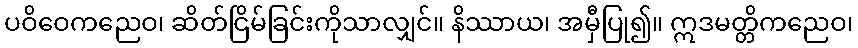
ပဝိဝေကညေဝ၊ ဆိတ်ငြိမ်ခြင်းကိုသာလျှင်။ နိဿာယ၊ အမှီပြု၍။ ဣဒမတ္တိကညေဝ၊